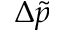
\Delta \tilde { p }